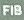
FIB